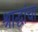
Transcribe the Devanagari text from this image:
श्राद्धांचा